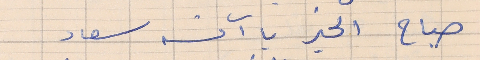
صباح الخير يا آنسه سعاد